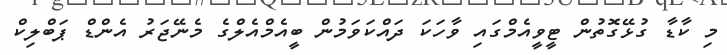
މި ކާޑާ ގުޅޭގޮތުން ޓީވީއެމްގައި ވާހަކަ ދައްކަވަމުން ބީއެމްއެލްގެ މެނޭޖަރު އެންޑް ޕަބްލިކް